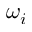
\omega _ { i }